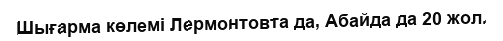
Шығарма көлемі Лермонтовта да, Абайда да 20 жол.